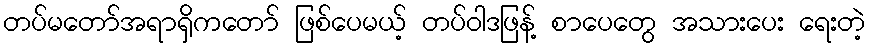
တပ်မတော်အရာရှိကတော် ဖြစ်ပေမယ့် တပ်ဝါဒဖြန့် စာပေတွေ အသားပေး ရေးတဲ့